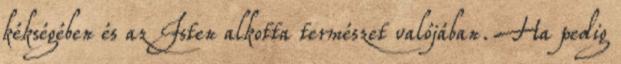
kékségében és az Isten alkotta természet valójában. Ha pedig